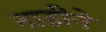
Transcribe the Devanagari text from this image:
नाडीने